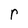
Character: r